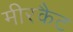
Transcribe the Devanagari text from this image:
मीरकैट